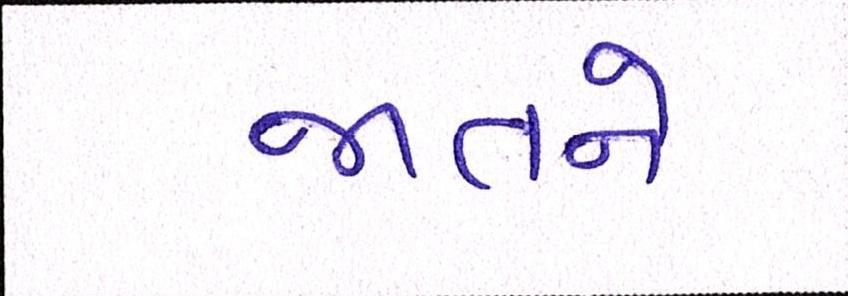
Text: જાતને